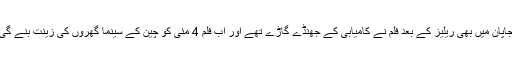
جاپان میں بھی ریلیز کے بعد فلم نے کامیابی کے جھنڈے گاڑے تھے اور اب فلم 4 مئی کو چین کے سینما گھروں کی زینت بنے گی۔